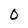
Character: 0